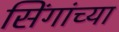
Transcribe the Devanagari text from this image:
सिंगांच्या